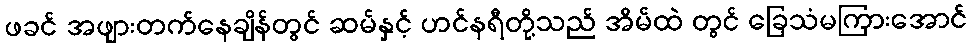
ဖခင် အဖျားတက်နေချိန်တွင် ဆမ်နှင့် ဟင်နရီတို့သည် အိမ်ထဲ တွင် ခြေသံမကြားအောင်